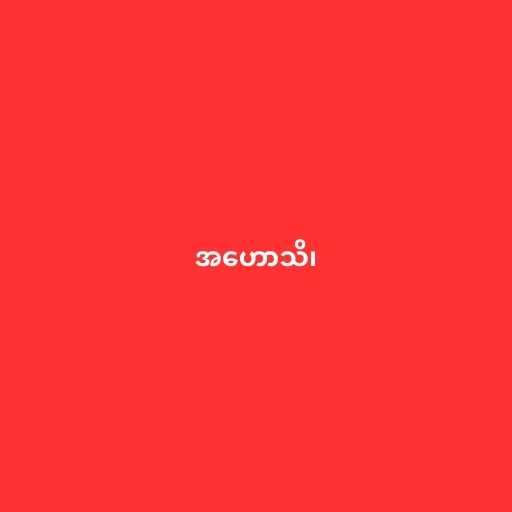
အဟောသိ၊